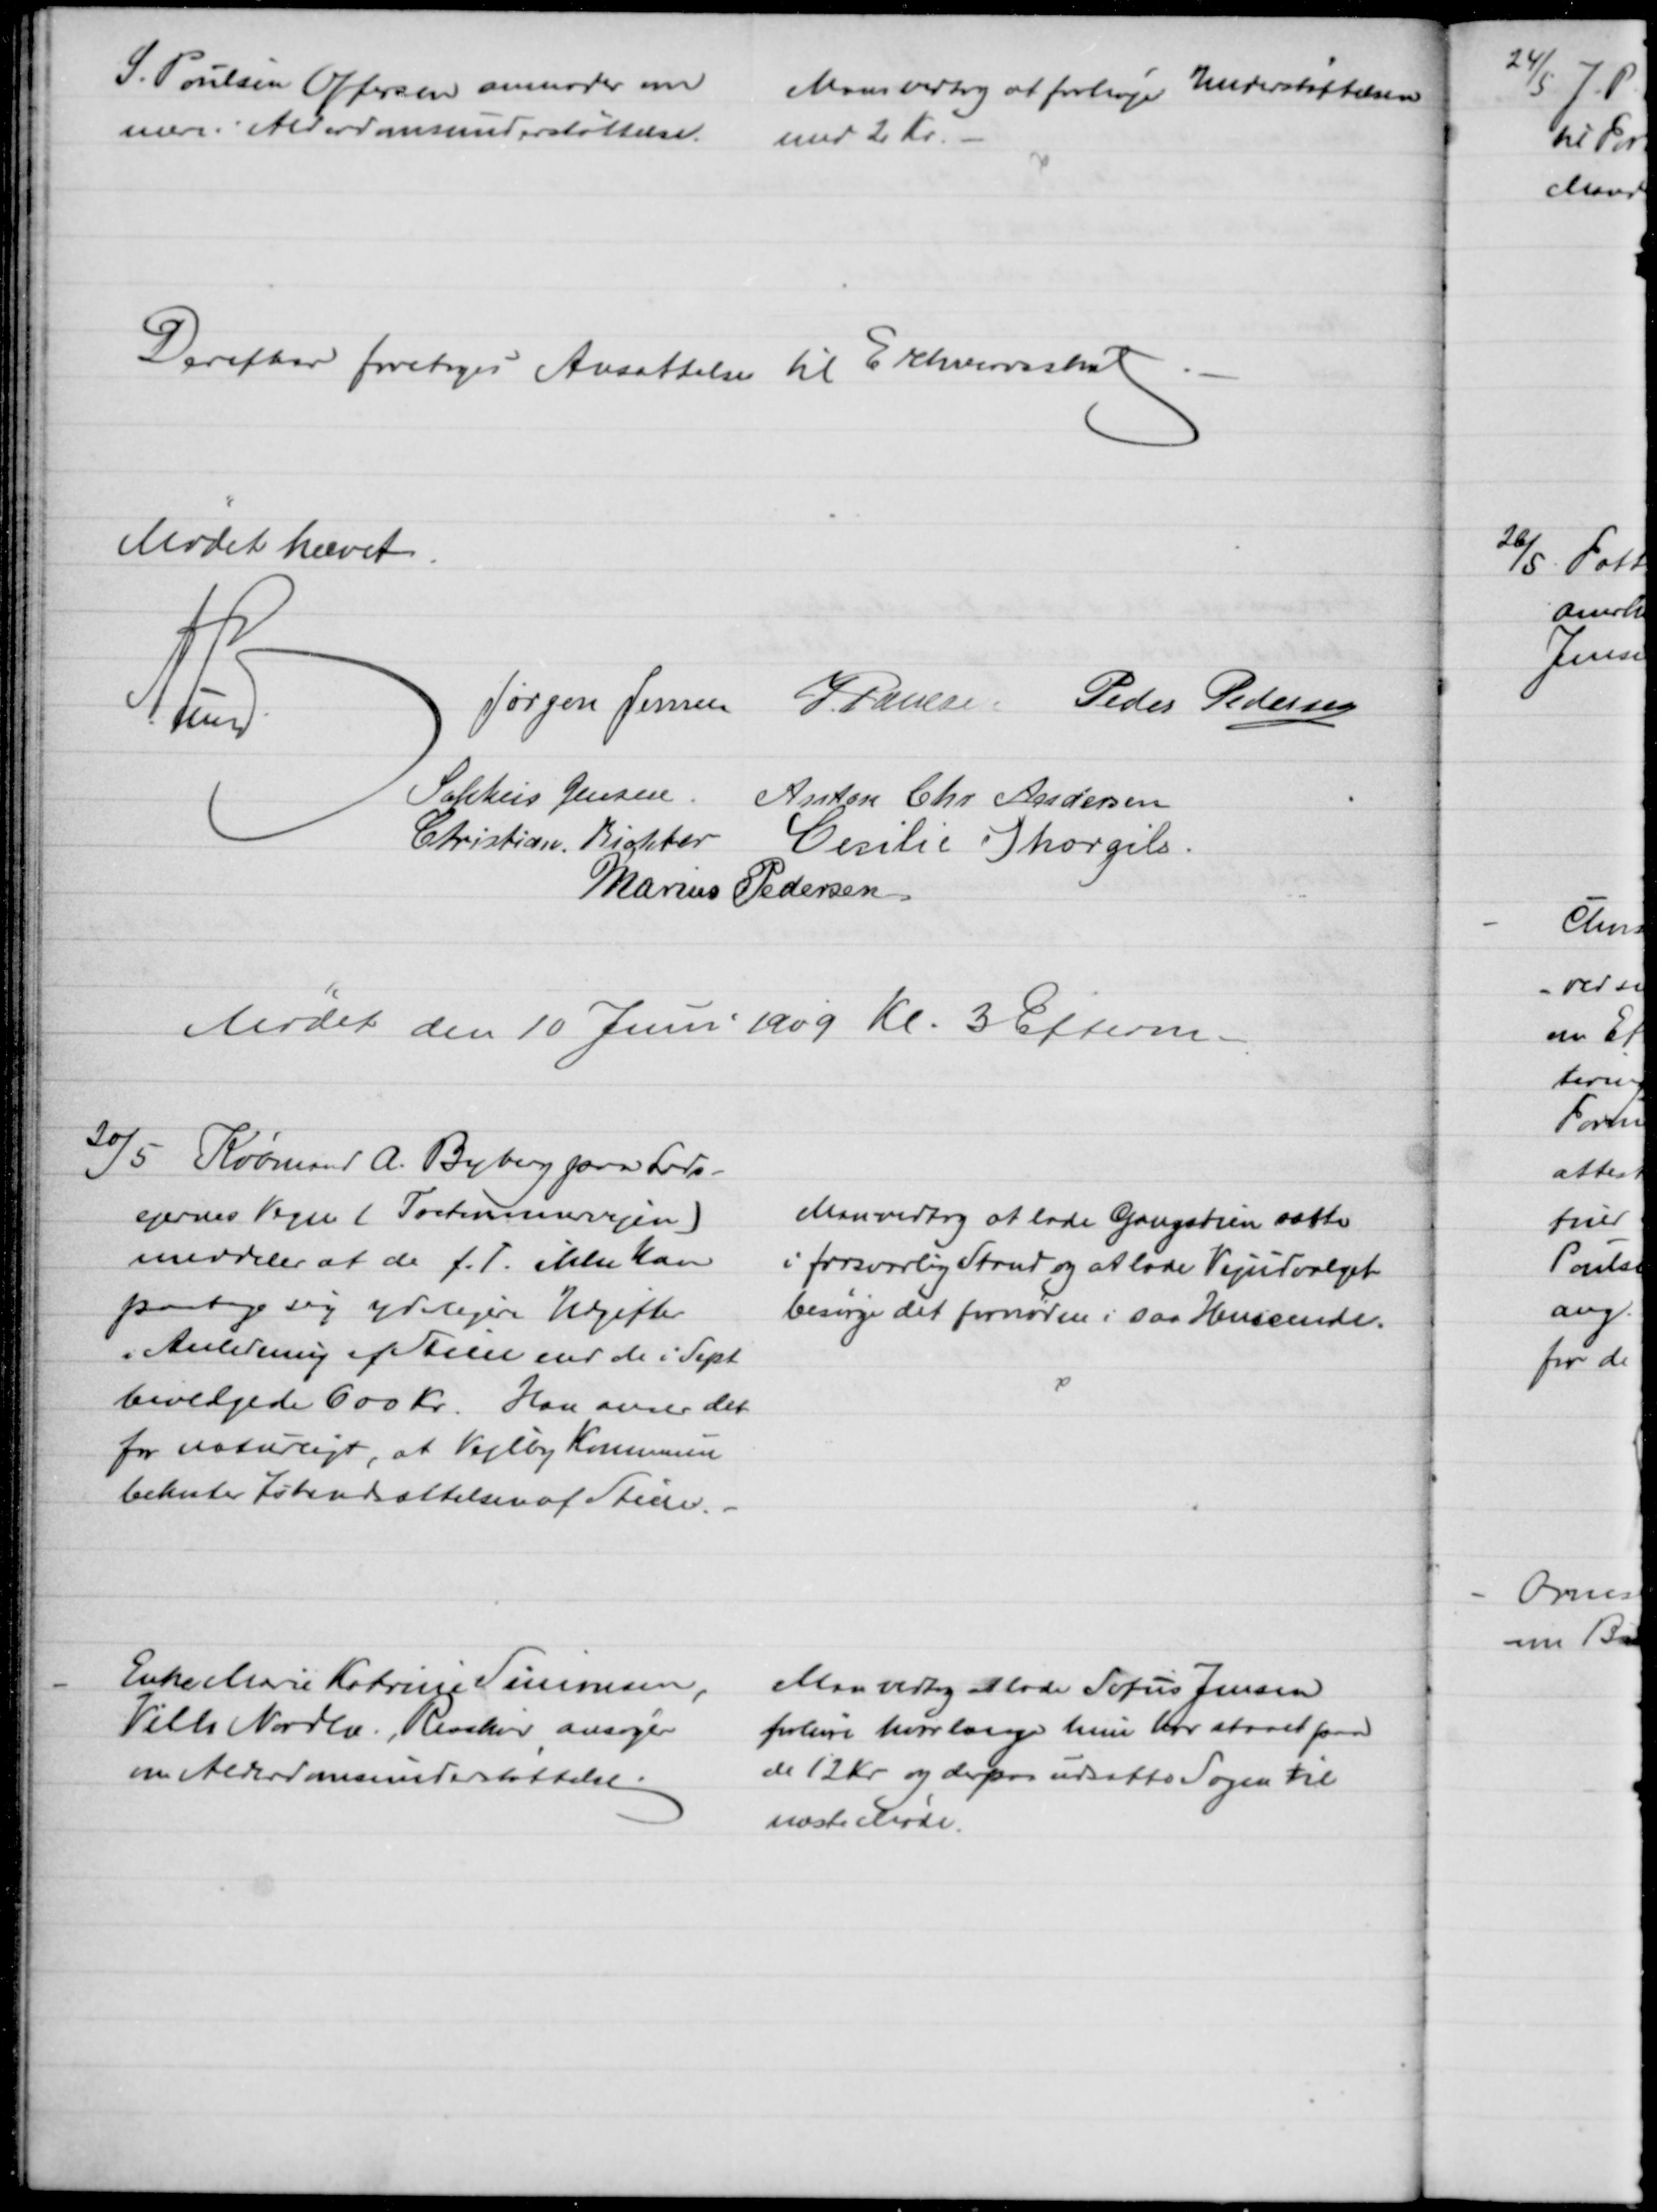
Transskription:
S. Poulsen Offersen anmoder om 
mere i Alderdomsunderstøttelse.
Man vedtog at forhøje Understøttelsen
med 2 Kr. 
Derefter foretoges Ansættelse til Erhvervsskat
Mødet hævet.
A. Lund
Jørgen Jensen J. Poulsen Peder Pedersen
Sophus Jensen Anton Chr Andersen
Christian Richter Cecilie Thorgils.
Marius Pedersen
Mødet den 10 Juni 1909 Kl. 3 Efterm.
20/5 Købmand A. Byberg paa Lods-
ejernes Vegne (Tretommervejen)
meddeler at de f. T. ikke kan
paatage sig yderligere Udgifter
i Anledning af Stien end de i Sept
bevilgede 600 Kr. Han anser det 
for naturligt, at Vejlby Kommune
bekoster Istandsættelsen af Stien.
Man vedtog at lade Gangstien sætte 
i forsvarlig Stand og at lade Vejudvalget
besørge det fornødne i saa Henseende.
Enke Marie Katrine Simonsen,
Villa Nordlæ, Risskov ansøger
om Alderdomsunderstøttelse.
Man vedtog at lade Sofus Jensen
forhøre hvorlænge hun har staaet paa 
de 12 Kr og derpaa udsætte Sagen til
næste Møde.